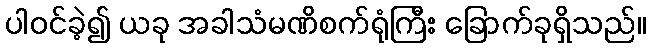
ပါဝင်ခဲ့၍ ယခု အခါသံမဏိစက်ရုံကြီး ခြောက်ခုရှိသည်။